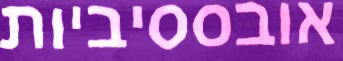
אובססיביות